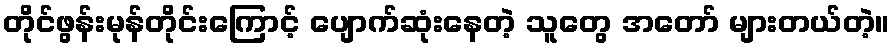
တိုင်ဖွန်းမုန်တိုင်းကြောင့် ပျောက်ဆုံးနေတဲ့ သူတွေ အတော် များတယ်တဲ့။